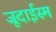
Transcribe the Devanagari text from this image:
जूदाईस्म